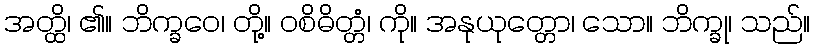
အတ္ထိ၊ ၏။ ဘိက္ခဝေ၊ တို့။ ဝစိဓိတ္တံ၊ ကို။ အနုယုတ္တော၊ သော။ ဘိက္ခု၊ သည်။